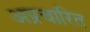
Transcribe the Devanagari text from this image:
अप्रचारित